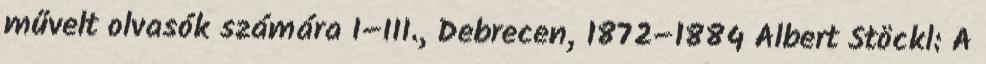
művelt olvasók számára I–III., Debrecen, 1872–1884 Albert Stöckl: A